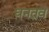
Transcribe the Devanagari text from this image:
घनतव